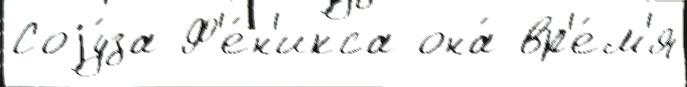
Соjу́за Ф'е́н'икса она́ вр'е́м'я